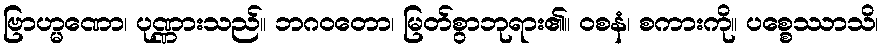
ဗြာဟ္မဏော၊ ပုဏ္ဏားသည်။ ဘဂဝတော၊ မြတ်စွာဘုရား၏။ ဝစနံ၊ စကားကို။ ပစ္စေဿာသိ၊